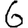
Digit: 6